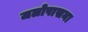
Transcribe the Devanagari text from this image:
जलोपासना